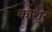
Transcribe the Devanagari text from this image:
काशुर